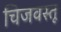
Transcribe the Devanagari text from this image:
चिजवस्तू